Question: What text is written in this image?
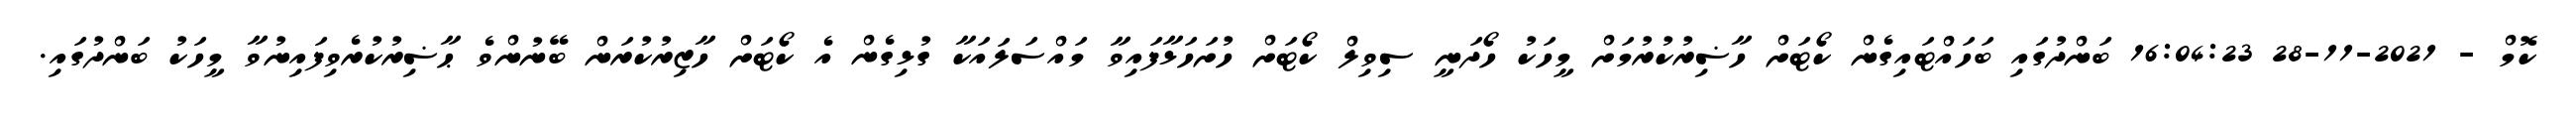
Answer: ކޮމް - 2021-11-28 16:04:23 ބަންދުގައި ބަހައްޓައިގެން ކޯޓަށް ހާޟިރުކުރުމަށް މީހަކު ހޯދަނީ ސިވިލް ކޯޓަށް ހުށަހަޅާފައިވާ މައްސަލައަކާ ގުޅިގެން އެ ކޯޓަށް ހާޒިރުކުރަން ބޭނުންވެ ޙާޟިރުކުރެވިފައިނުވާ މީހަކު ބަންދުގައި.